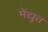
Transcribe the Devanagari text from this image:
मेंद्युत